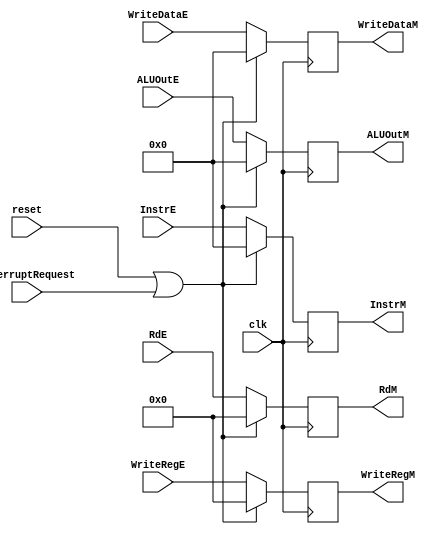
`timescale 1ns / 1ps
//////////////////////////////////////////////////////////////////////////////////
// Company: 
// Engineer: 
// 
// Design Name: 
// Module Name:    EXMEM 
// Project Name: 
// Target Devices: 
// Tool versions: 
// Description: 
//
// Dependencies: 
//
// Revision: 
// Revision 0.01 - File Created
// Additional Comments: 
//
//////////////////////////////////////////////////////////////////////////////////
module EXMEM(
	 input InterruptRequest,
	 input clk, input reset,
	 input [4:0] RdE,
    input [31:0] ALUOutE,
    input [31:0] WriteDataE,
    input [4:0] WriteRegE,
	 output reg [4:0] RdM, 
    output reg [31:0] ALUOutM = 0,
    output reg [31:0] WriteDataM = 0,
    output reg [4:0] WriteRegM = 0,
	 input [31:0] InstrE,
	 output reg [31:0] InstrM = 0
    );
	always @(posedge clk) begin
		if (reset || InterruptRequest) begin
			ALUOutM <= 0;
			WriteDataM <= 0;
			WriteRegM <= 0;
			InstrM <= 0;
			RdM <= 0;
		end
		else begin
			ALUOutM <= ALUOutE;
			WriteDataM <= WriteDataE;
			WriteRegM <= WriteRegE;
			InstrM <= InstrE;
			RdM <= RdE;
		end
	end

endmodule